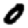
Digit: 0